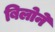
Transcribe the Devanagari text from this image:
बिलोने